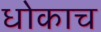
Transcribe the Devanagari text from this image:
धोकाच